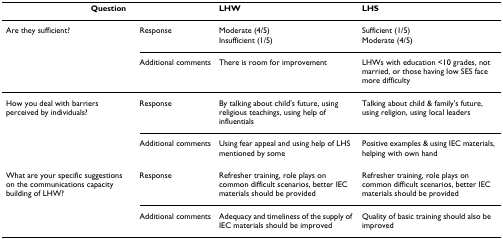
| <COLSPAN=2> Question | LHW | LHS |
 | --- | --- | --- | --- |
 | Are they sufficient? | Response | Moderate (4/5)Insufficient (1/5) | Sufficient (1/5)Moderate (4/5) |
 |  | Additional comments | There is room for improvement | LHWs with education <10 grades, not married, or those having low SES face more difficulty |
 | How you deal with barriers perceived by individuals? | Response | By talking about child's future, using religious teachings, using help of influentials | Talking about child & family's future, using religion, using local leaders |
 |  | Additional comments | Using fear appeal and using help of LHS mentioned by some | Positive examples & using IEC materials, helping with own hand |
 | What are your specific suggestions on the communications capacity building of LHW? | Response | Refresher training, role plays on common difficult scenarios, better IEC materials should be provided | Refresher training, role plays on common difficult scenarios, better IEC materials should be provided |
 |  | Additional comments | Adequacy and timeliness of the supply of IEC materials should be improved | Quality of basic training should also be improved |